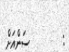
:         ސަންއަށް